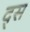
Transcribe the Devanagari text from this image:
द्स